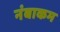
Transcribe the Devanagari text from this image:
नंबाकम